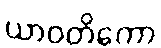
ယာဝတိကော